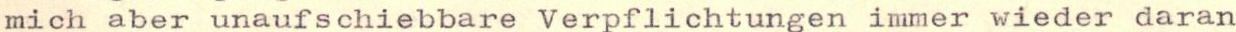
mich aber unaufschiebbare Verpflichtungen immer wieder daran